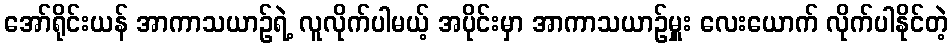
အော်ရိုင်းယန် အာကာသယာဉ်ရဲ့ လူလိုက်ပါမယ့် အပိုင်းမှာ အာကာသယာဉ်မှူး လေးယောက် လိုက်ပါနိုင်တဲ့